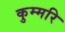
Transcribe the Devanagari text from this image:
कुम्मरि